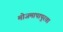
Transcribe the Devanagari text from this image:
मोजमापापुरता